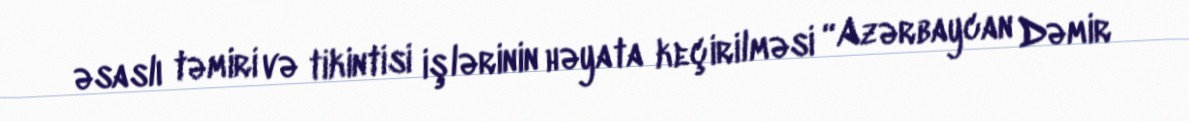
əsaslı təmiri və tikintisi işlərinin həyata keçirilməsi “Azərbaycan Dəmir